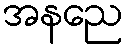
အနညေ